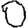
Digit: 0